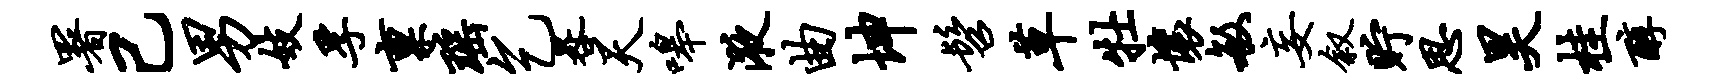
署己男妓孚禀瑶乞晷天嗥液曲坤髫草牡壤敏妄叙贮思昊桂醇